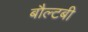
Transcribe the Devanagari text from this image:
बौल्टबी